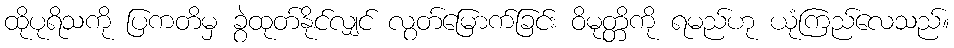
ထိုပုရိသကို ပြကတိမှ ခွဲထုတ်နိုင်လျှင် လွတ်မြောက်ခြင်း ဝိမုတ္တိကို ရမည်ဟု ယုံကြည်လေသည်။